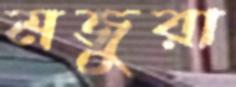
মজুরা